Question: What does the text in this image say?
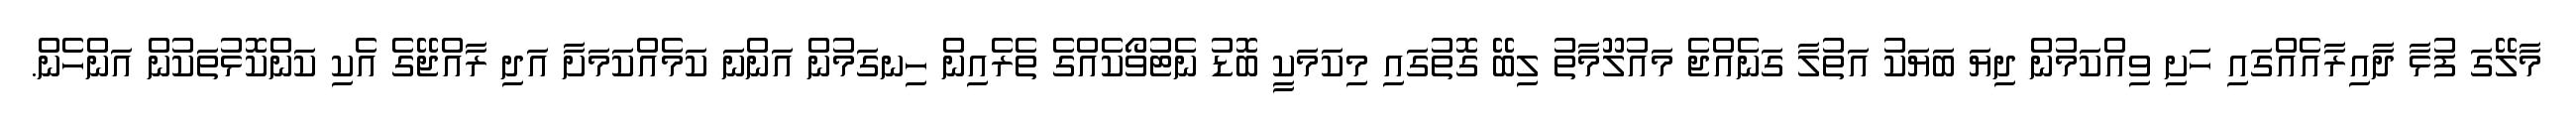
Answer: މާލޭގަ ފުޅާ ދާއިރާއެއްގައި ހަށި ވިއްކަމުން ދިޔަ ބަޔަކު އަތުލާ ގަނެއްޖެ މައުލޫމާތު ލިބޭ ގޮތުގައި މިކަމަކީ ބޮޑު ނެޓުވޯކެއްގެ ތެރެއިން ހިނގަމުން އަންނަ ކަމެއްކަމަށާ އަދި ރާއްޖޭގެ އެކި ކަންކޮޅުތަކުން އަންހެން.